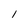
Character: l